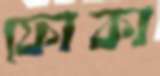
ফোকা